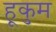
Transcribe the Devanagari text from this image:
हूकुम